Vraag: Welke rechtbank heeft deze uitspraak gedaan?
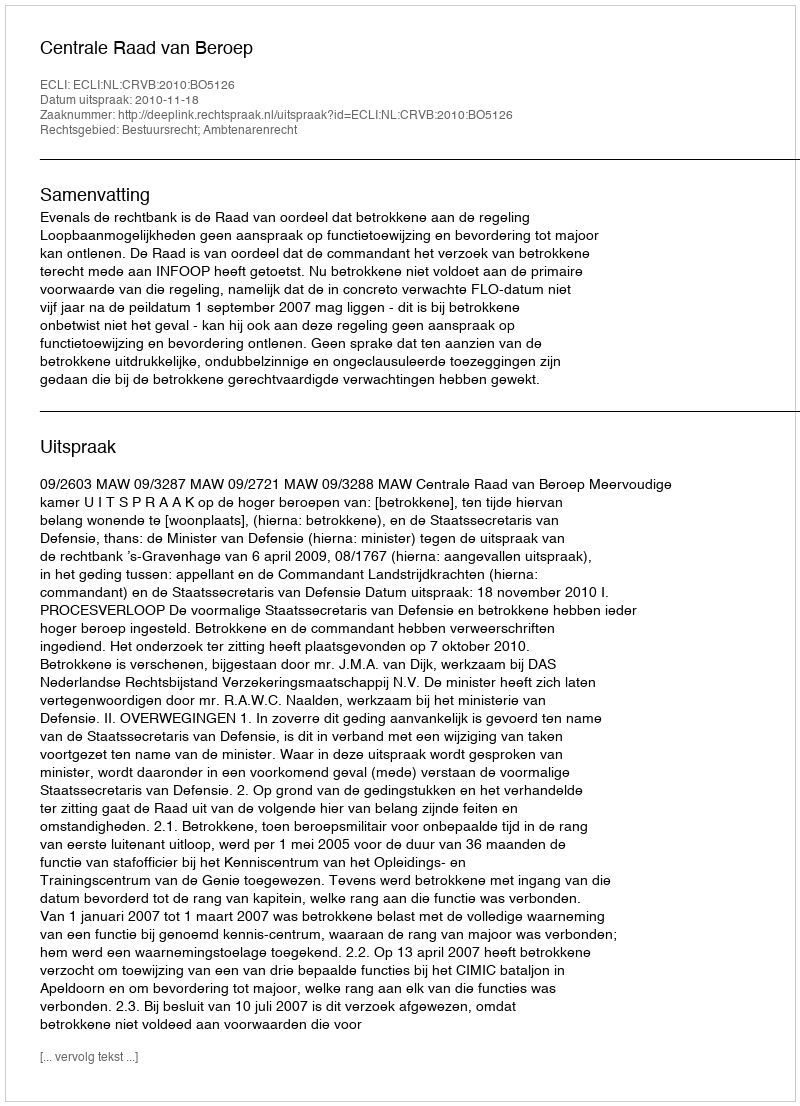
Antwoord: Centrale Raad van Beroep